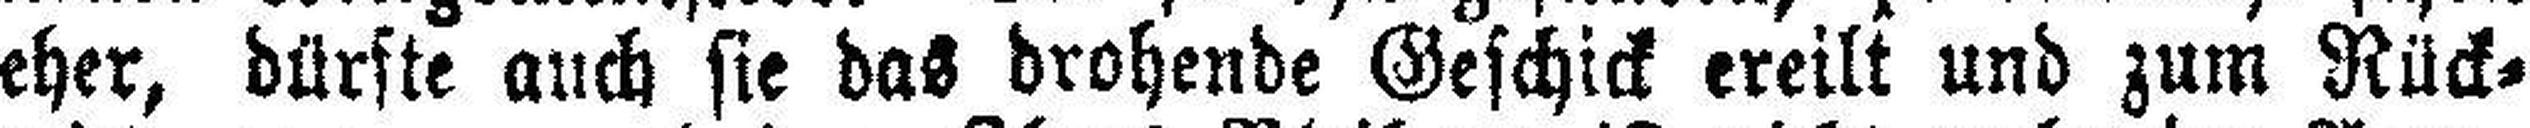
eher, dürste auch sie das drohende Geschick ereilt und zum Rück¬